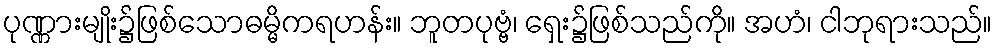
ပုဏ္ဏားမျိုး၌ဖြစ်သောဓမ္မိကရဟန်း။ ဘူတပုဗ္ဗံ၊ ရှေး၌ဖြစ်သည်ကို။ အဟံ၊ ငါဘုရားသည်။